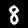
Label: 8